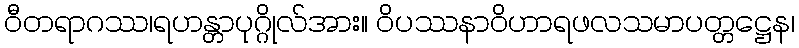
ဝီတရာဂဿ၊ရဟန္တာပုဂ္ဂိုလ်အား။ ဝိပဿနာဝိဟာရဖလသမာပတ္တဋ္ဌေန၊